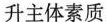
升主体素质